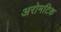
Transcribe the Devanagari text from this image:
अरोमटिक